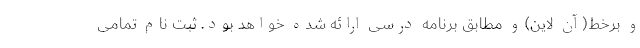
و برخط(آن لاین)و مطابق برنامه درسی ارائه شده خواهد بود. ثبت نام تمامی